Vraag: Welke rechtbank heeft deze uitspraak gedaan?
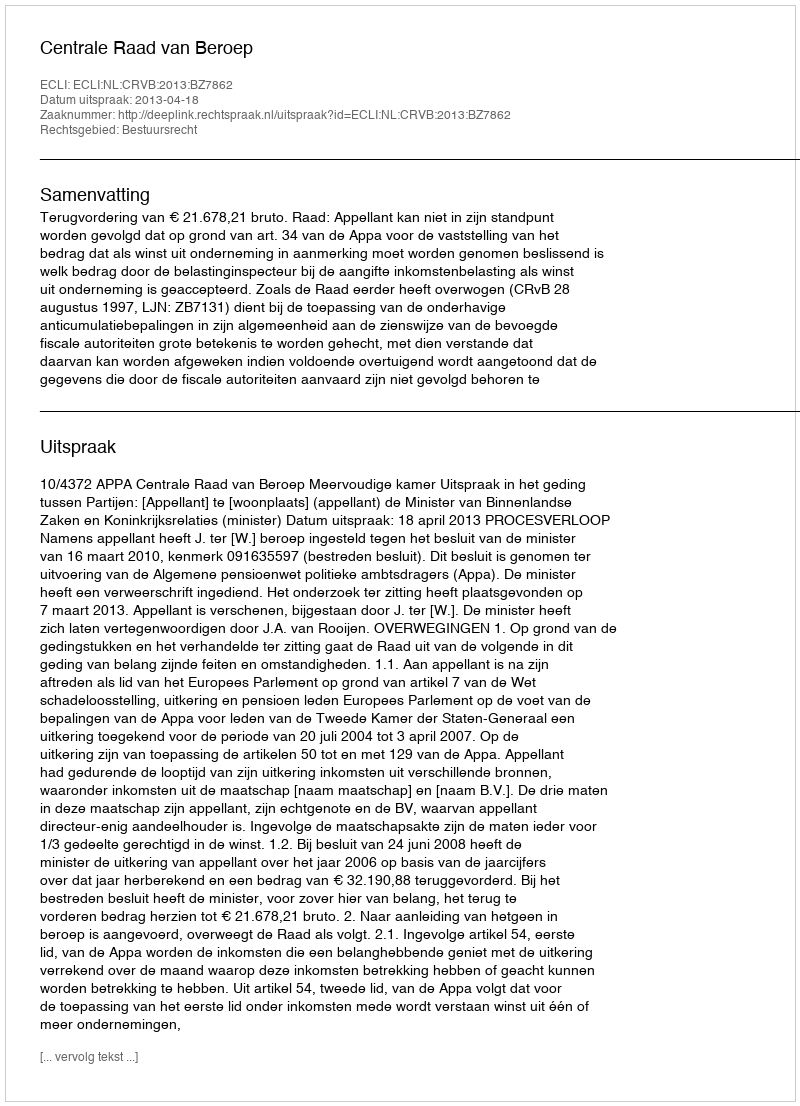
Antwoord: Centrale Raad van Beroep